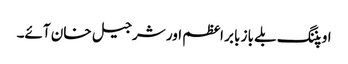
اوپننگ بلے باز بابر اعظم اور شرجیل خان آئے۔